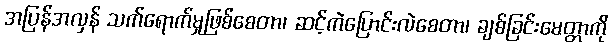
အပြန်အလှန် သက်ရောက်မှုဖြစ်စေတာ၊ ဆင့်ကဲပြောင်းလဲစေတာ၊ ချစ်ခြင်းမေတ္တာကို